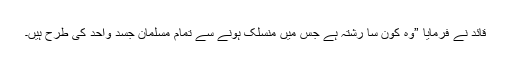
قائد نے فرمایا ”وہ کون سا رشتہ ہے جس میں منسلک ہونے سے تمام مسلمان جسد واحد کی طرح ہیں۔